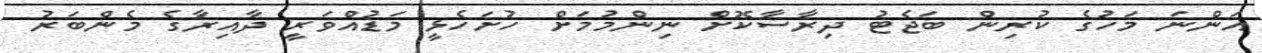
އަންނަ މަހުގެ ކުރިން ބަޖެޓު ދިރާސާކޮށް ނިންމުމަށް ހުށަހެޅީ މަޑުއްވަރީ ދާއިރާގެ މެންބަރު